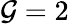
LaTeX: {\mathcal{G}=2}